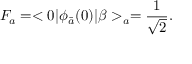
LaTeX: F _ { a } = < 0 | \phi _ { \bar { a } } ( 0 ) | \beta > _ { a } = \frac { 1 } { \sqrt { 2 } } .